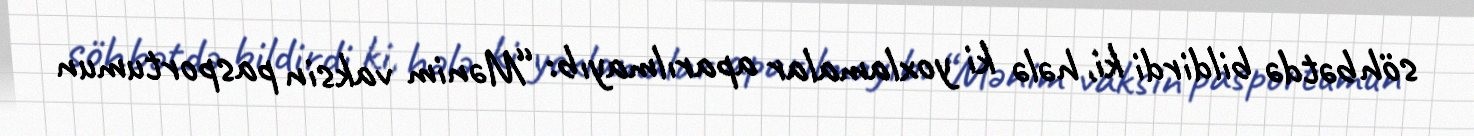
söhbətdə bildirdi ki, hələ ki yoxlamalar aparılmayıb: “Mənim vaksin pasportumun